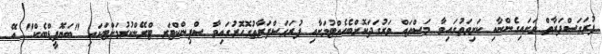
ފުރަގަސްފަރާތް ވަށައިގެންނާއި ކަށިވަތުގައިވާ މަސްތައް ވަރުގަދަކޮށްބެހެއްޓުމަށާއި ފުރަގަސްފަރާތުގޮހޮރުގައިވާ ސްފިންކްޓަރ ޓްރޭންކުރުމަށްޓަކައި "ބަޔޮފީޑްބެކް" އޭ